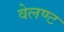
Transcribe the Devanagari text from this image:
वेलण्ट